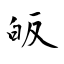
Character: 皈